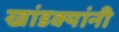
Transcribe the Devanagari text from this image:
खांडक्यांनी